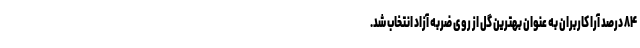
۸۴ درصد آرا کاربران به عنوان بهترین گل از روی ضربه آزاد انتخاب شد.